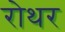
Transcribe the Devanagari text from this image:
रोथर